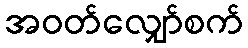
အဝတ်လျှော်စက်